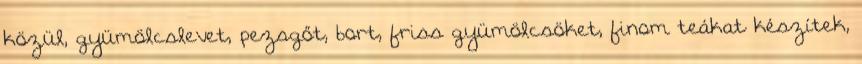
közül, gyümölcslevet, pezsgőt, bort, friss gyümölcsöket, finom teákat készítek,